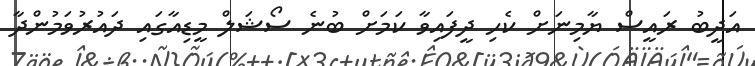
އަދީބު ރައީސް ޔާމިނަށް ކެހި ދީފައިވާ ކަމަށް ބުނެ ސޯޝަލް މީޑިއާގައި ދައުރުވަމުންދާ